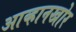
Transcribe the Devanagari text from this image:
आव्हानखोर